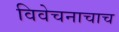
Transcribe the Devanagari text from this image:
विवेचनाचाच